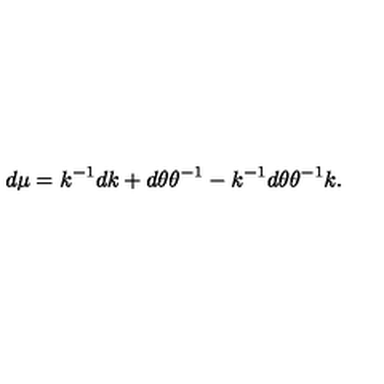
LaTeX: d \mu = k ^ { - 1 } d k + d \theta \theta ^ { - 1 } - k ^ { - 1 } d \theta \theta ^ { - 1 } k .